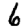
Digit: 6